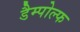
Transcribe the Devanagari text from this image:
डैम्पोल्फ